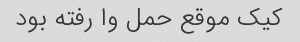
کیک موقع حمل وا رفته بود